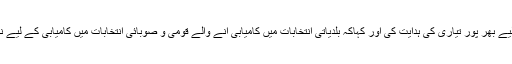
سینیٹر سراج الحق نے ارکان جماعت کو آنے والے بلدیاتی انتخابات میں حصہ لینے کے لیے بھر پور تیاری کی ہدایت کی اور کہاکہ بلدیاتی انتخابات میں کامیابی آنے والے قومی و صوبائی انتخابات میں کامیابی کے لیے نہایت ضروری ہے اس لیے کارکنان ابھی سے بلدیاتی انتخابات کی تیاری شروع کردیں ۔